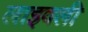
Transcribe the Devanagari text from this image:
लाइवली